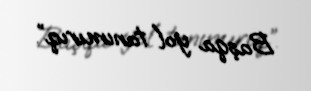
Başqa yol tanımırıq”.